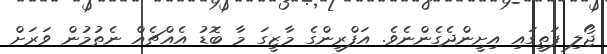
ޖޯލި ފަތީގައި އިށީންދެގެންނެވެ. އަފްރީންގެ މާޒީގަ މާ ބޮޑު އެއްޗެއް ނެތުމުން ވަރަށް